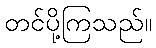
တင်ပို့ကြသည်။